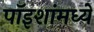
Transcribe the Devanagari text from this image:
पॉइशांमध्ये